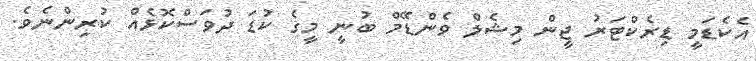
އެކެޑަމީ ޑިރެކްޓަރު ޖީން މިޝެލް ވެންޑޭމް ބުނީ މީގެ ކުޑަ ދުވަސްކޮޅެއް ކުރިންނެވެ.